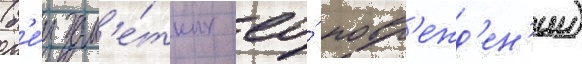
(б'е́з зам'е́тных ео́ повр'ежд'ен'ии)